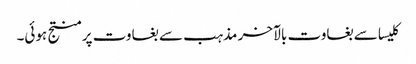
کلیسا سے بغاوت بالآخر مذہب سے بغاوت پر منتج ہوئی۔